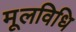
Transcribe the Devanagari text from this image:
मूलविधि